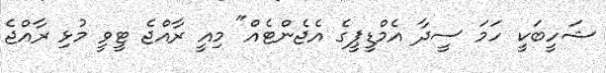
ޝަހީބަކީ ހަމަ ސީދާ އެމްޑީޕީގެ އެޖެންޓެއް" މިއީ ރާއްޖެ ޓީވީ މުޅި ރާއްޖެ